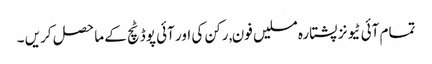
تمام آئی ٹیونز پشتارہ مسلیں فون, رکن کی اور آئی پوڈ ٹچ کے ماحصل کریں ۔